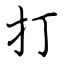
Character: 打